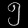
Digit: ၅